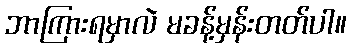
ဘာကြားရမှာလဲ မခန့်မှန်းတတ်ပါ။